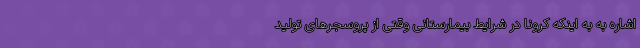
اشاره به به اینکه کرونا در شرایط بیمارستانی وقتی از پروسجرهای تولید